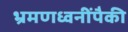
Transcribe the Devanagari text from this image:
भ्रमणध्वनींपैकी